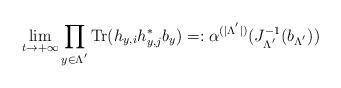
LaTeX: \begin{align*}\lim_{t\to + \infty}\prod_{y\in \Lambda^{'}}\mathrm{Tr}(h_{y ,i}h^\ast_{y ,j}b_y) = :\alpha^{(|\Lambda^{'}|)}(J^{-1}_{\Lambda^{'}}(b_{\Lambda^{'}}))\end{align*}